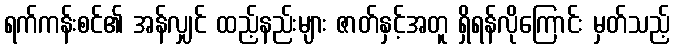
ရက်ကန်းစင်၏ အန်လျှင် ထည့်နည်းများ ဇာတ်နှင့်အတူ ရှိရန်လိုကြောင်း မှတ်သည့်